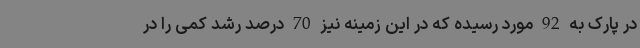
در پارک به 92 مورد رسیده که در این زمینه نیز 70 درصد رشد کمی را در